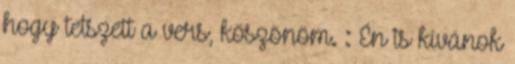
hogy tetszett a vers, köszönöm. : Én is kívánok